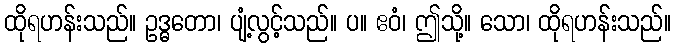
ထိုရဟန်းသည်။ ဥဒ္ဓတော၊ ပျံ့လွင့်သည်။ ပ။ ဧဝံ၊ ဤသို့။ သော၊ ထိုရဟန်းသည်။